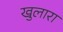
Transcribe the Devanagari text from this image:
खुलारा